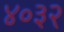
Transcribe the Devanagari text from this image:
४०३२